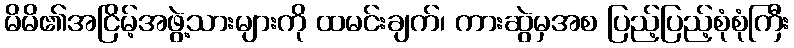
မိမိ၏အငြိမ့်အဖွဲ့သားများကို ထမင်းချက်၊ ကားဆွဲမှအစ ပြည့်ပြည့်စုံစုံကြီး